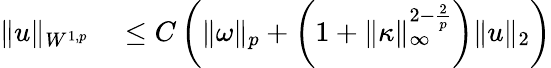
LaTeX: \begin{array}{rl}{\| u\| _{W^{1,p}}}&{{}\leq C\left(\| \omega\| _{p}+\left(1+\| \kappa\| _{\infty}^{2-\frac{2}{p}}\right)\| u\| _{2}\right)}\end{array}